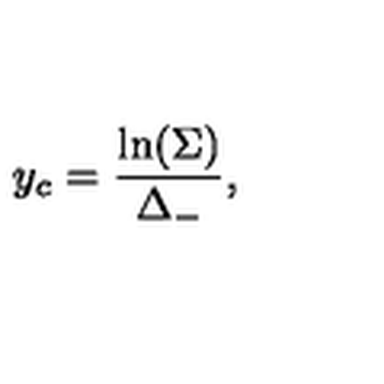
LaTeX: y _ { c } = \frac { \ln ( \Sigma ) } { \Delta _ { - } } ,